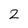
Character: 2